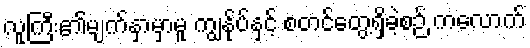
လူကြီး၏မျက်နှာမှာမူ ကျွန်ုပ်နှင့် စတင်တွေ့ရှိခဲ့စဉ် ကလောက်